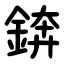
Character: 錛